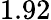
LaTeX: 1.92